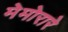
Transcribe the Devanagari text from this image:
मेमोरारे